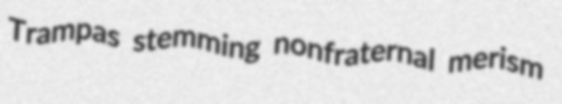
Trampas stemming nonfraternal merism